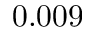
0 . 0 0 9